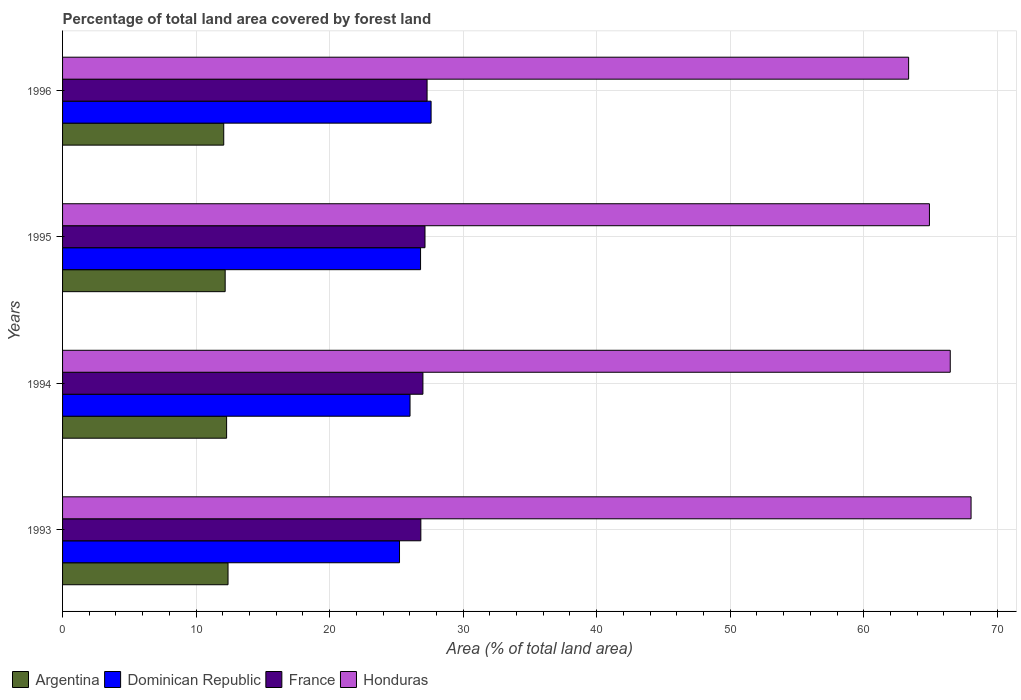
| Years | Argentina | Dominican Republic | France | Honduras |
 | --- | --- | --- | --- | --- |
 | 1993 | 12.4 | 25.2 | 26.8 | 68 |
 | 1994 | 12.3 | 26 | 27 | 66.5 |
 | 1995 | 12.2 | 26.8 | 27.1 | 64.9 |
 | 1996 | 12.1 | 27.6 | 27.3 | 63.4 |